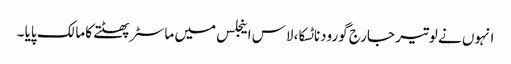
انہوں نے لوتیر جارج گورودناٹسکا، لاس اینجلس میں ماسٹر پھٹتے کا مالک پایا ۔